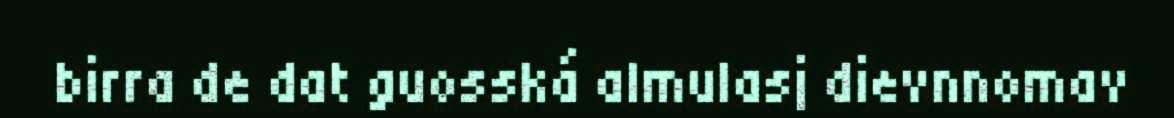
birra de dat guosská almulasj dievnnomav